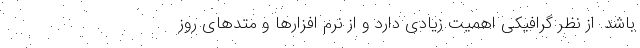
باشد. از نظر گرافیکی اهمیت زیادی دارد و از نرم افزارها و متدهای روز